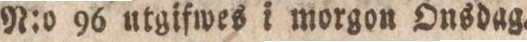
N:o 96 utgifwes i morgon Onsdag.